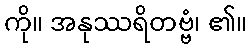
ကို။ အနုဿရိတဗ္ဗံ၊ ၏။